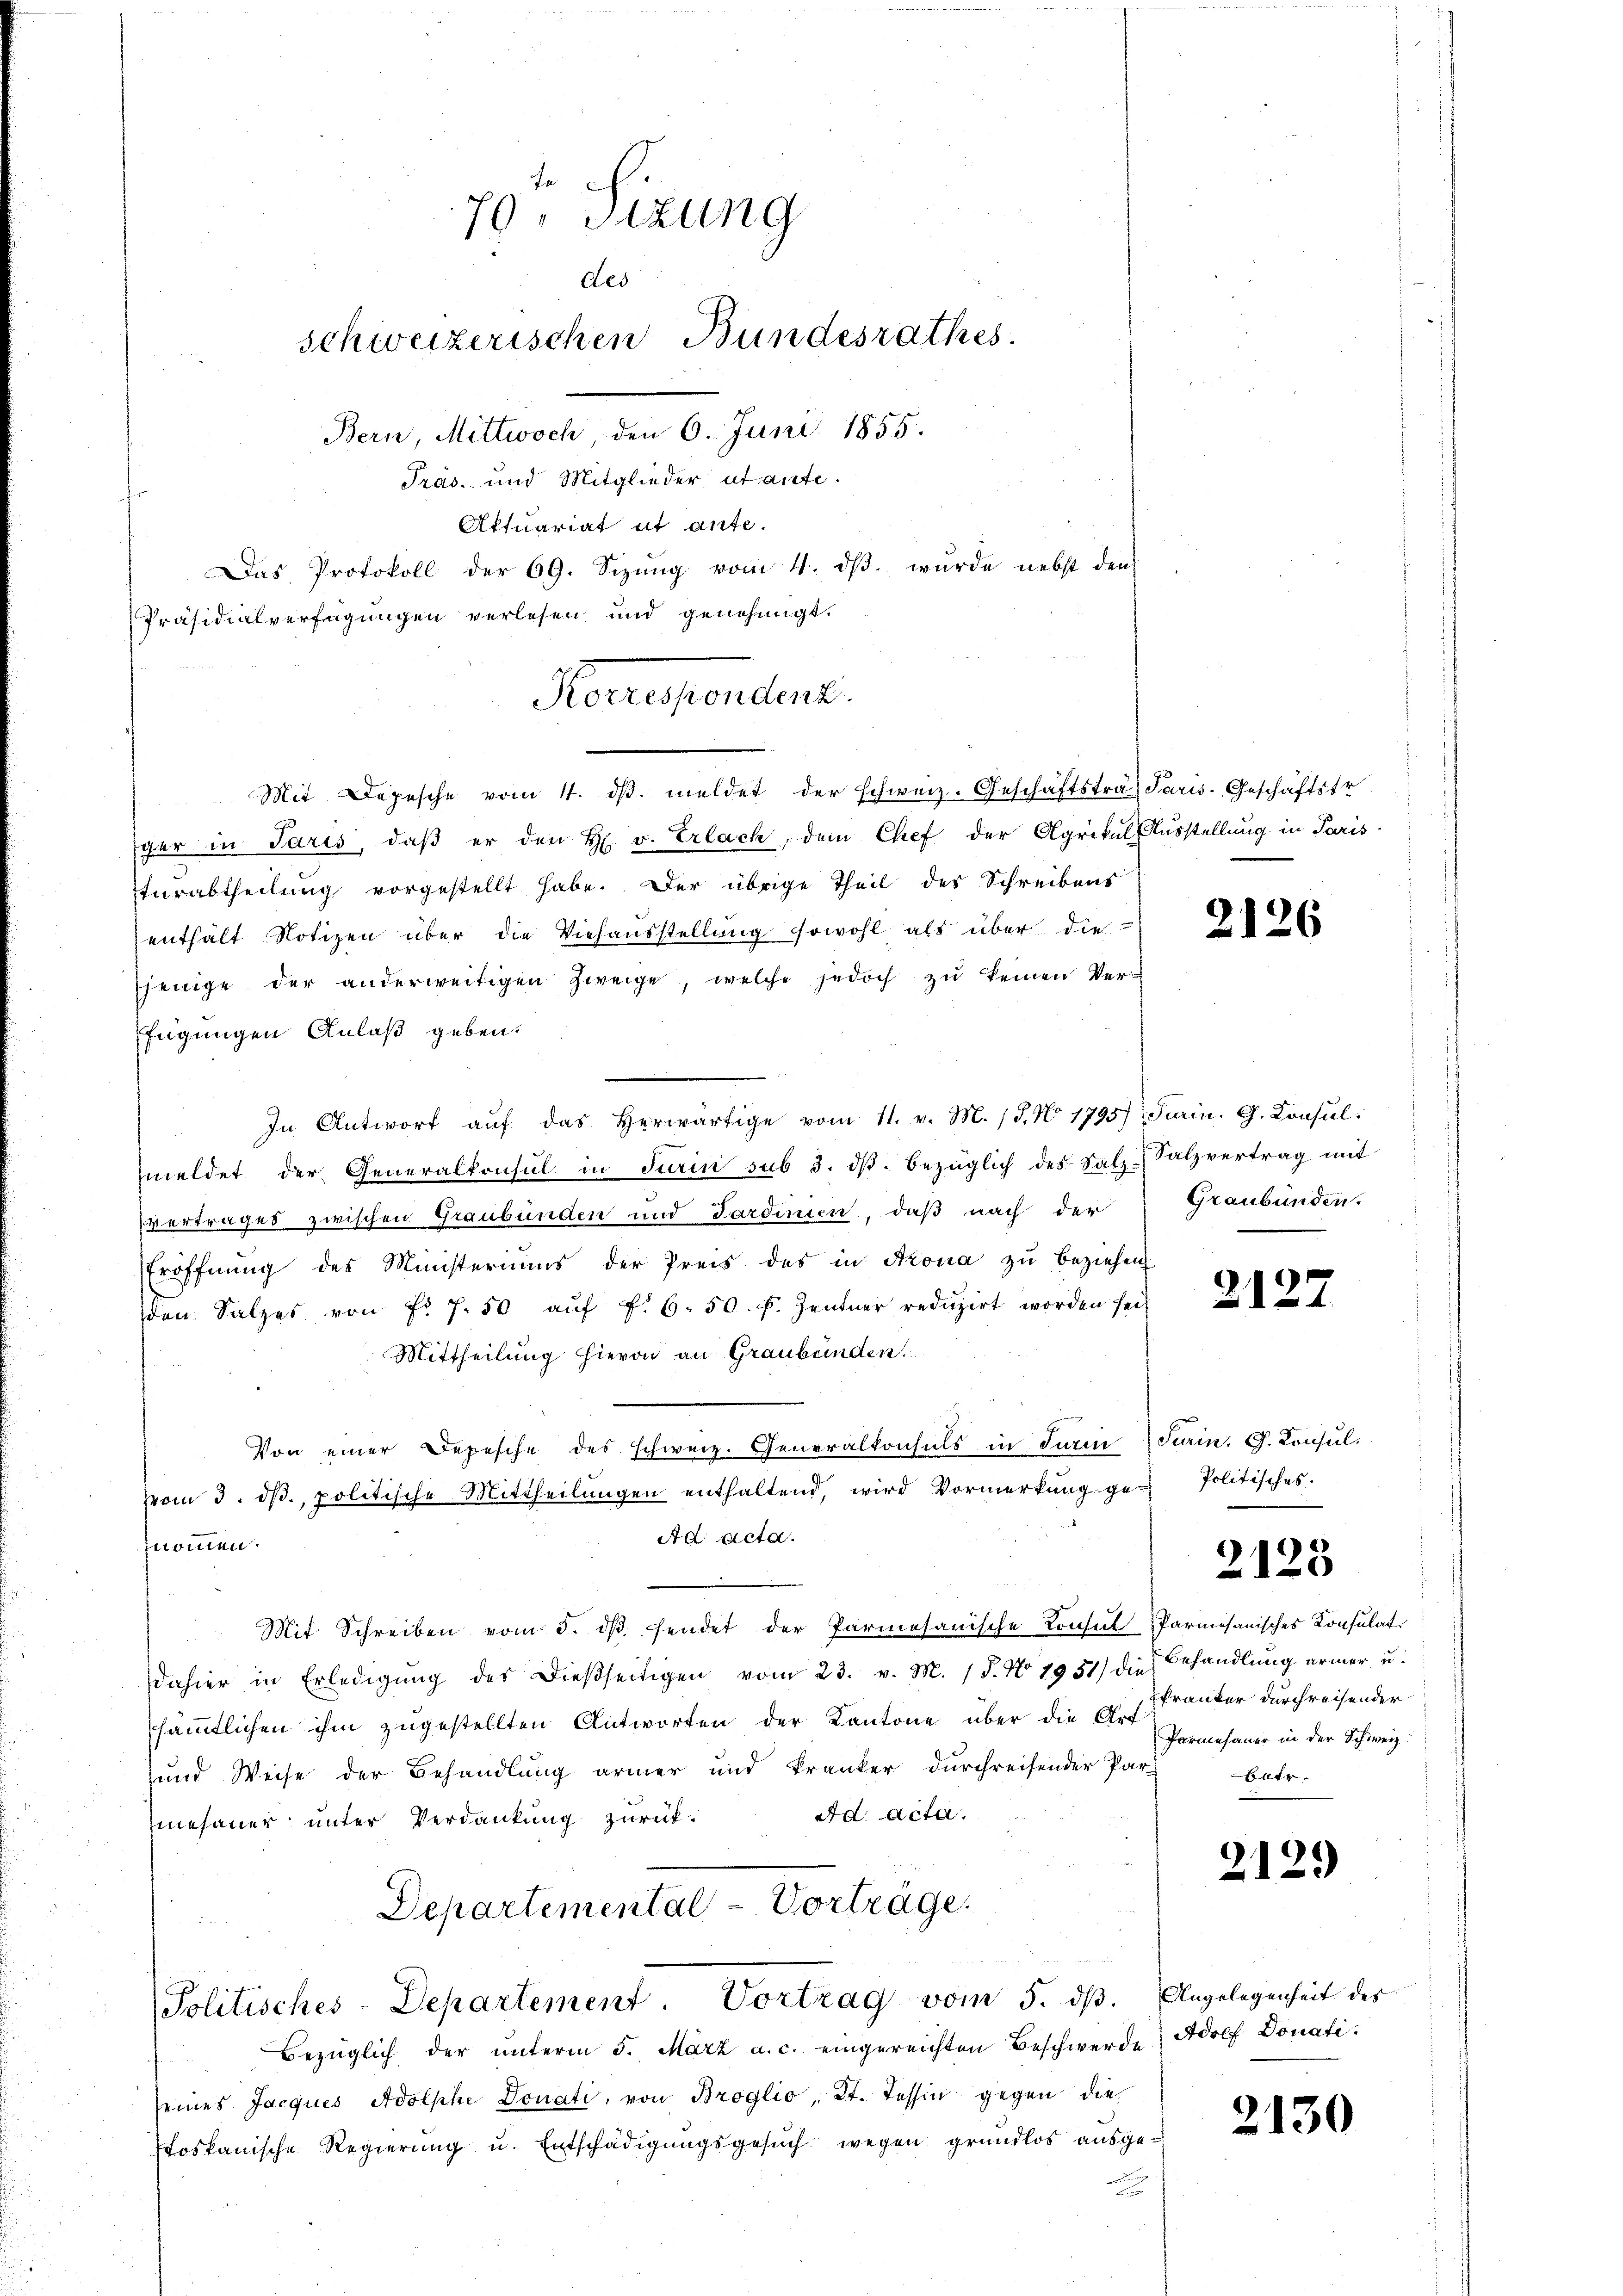
ger in Paris, daß er den H. v. Erlach, dem Chef der Agrikul Ausstellung in Paris
fürabtheilung vorgestellt habe. Der übrige Theil des Schreibens
enthält Notizen über die Viehausstellung sowohl als über die 26
sjenige der anderweitigen Zweige, welche jedoch zu keinen Ver¬
Efügungen Anlaß geben.
In Antwort aŭf das herwärtige vom 11. v. M. /5. No 1795) Jarin. G. Consul
meldet der Generalkonsul in Turin sub 3. dβ. bezüglich des Salz-Salzvertrag mit
vertrages zwischen Graubünden und Sardinien, daß nach der
Eröffnung des Ministeriums der Preis des in Krona zu beziehen
den Salzes von fr. 7. 50 aŭf f. 6. 50. f. Zentner redŭzirt worden seit
Mittheilung hievon an Graubünden.
Von einer Depesche des schweiz. Generalkonsuls in Turin Turin. G. Consulvom 3. dβ. politische Mittheilŭngen enthaltend, wird Vormerkŭng ge-Politisches.
Ad Acta.
nommen.
Mit Schreiben vom 3. dβ. sendet der Parmesanische Konsul Parmesanisches Konsulat
dahier in Erledigŭng des dießseitigen vom 23. v. M. 18. No. 1951) die Behandlŭng armer u.
ssämmtlichen ihm zugestellten Antworten der Kantone über die H. Pranter durchreisender
und Weise der Behandlung ärmer und kranker durchreisender Par-
Ad Acta.
efeuer unter Verdankung zurück¬
Departemental - Vorträge.

70, Sitzung
des
schweizerischen Bundesrathes.
Bern, Mittwoch, den 6. Juni 1855.
Präs. und Mitglieder utante.
Aktuariat ut ante.
Das Protokoll der 69. Sizŭng vom 4. dβ. wurde nebst den

Präsidialverfügungen verlesen und genehmigt.
orrespontant.
Mit Depesche vom 4. dβ. meldet der schweiz. Geschäftstra Paris. Geschäftstr

Bezüglich der unterm 5. März a. c. eingereichten Beschwerde Adolf Donatiseines Jacques Adolphe Donati, von Broglio, Kt. Tessin gegen die
toskanische Regierung u. Entschädigungsgesuch wegen grundlos ausge¬

Politisches-Departement. Vortrag vom 5. dβ. Angelegenheit des

Graubünden.

2127

2125

Parmehauer in der Schweiz.
ter.

2129

2130